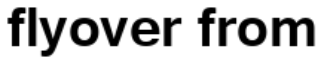
flyover from